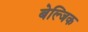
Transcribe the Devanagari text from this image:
बेल्जिक